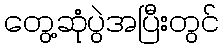
တွေ့ဆုံပွဲအပြီးတွင်